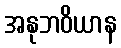
အနုဘဝိယာန